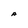
Character: A